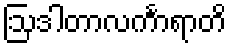
ဩဒါတာလင်္ကာရာတိ